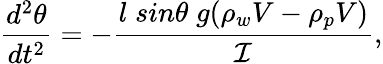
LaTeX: \frac{d^{2}\theta}{dt^{2}}=-\frac{l\; sin\theta\; g(\rho_{w}V-\rho_{p}V)}{\mathcal{I}},